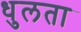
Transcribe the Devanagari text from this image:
धुलता